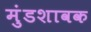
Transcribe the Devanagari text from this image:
मुंडशावक